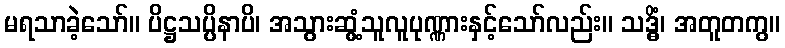
မရသာခဲ့သော်။ ပိဋ္ဌသပ္ပိနာပိ၊ အသွားဆွံ့သူလူပုဏ္ဏားနှင့်သော်လည်း။ သဒ္ဓိံ၊ အတူတကွ။